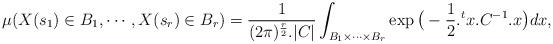
LaTeX: \begin{align*}\mu(X(s_1)\in B_1,\cdots, X(s_r)\in B_r)=\frac{1}{(2\pi)^{\frac{r}{2}}.|C|}\int_{B_1\times \cdots \times B_r } \exp\big(-\frac{1}{2}.{}^{t}{x}.C^{-1}.x\big) dx,\end{align*}